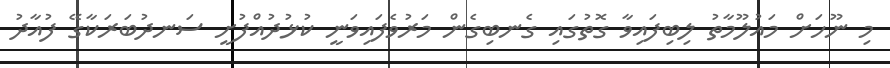
މި ނޫހަށް މައުލޫމާތު ލިބިފައިވާ ގޮތުގައި ގެނބިގެން މަރުވެފައިވަނީ ކުޅުދުއްފުށީ ސަނދުބަރަކާގޭ ފުއާދު